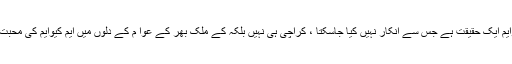
اجلاس سے رکن سندھ اسمبلی علیم الدین نے کہاکہ ایم کیوایم ایک حقیقت ہے جس سے انکار نہیں کیا جاسکتا ، کراچی ہی نہیں بلکہ کے ملک بھر کے عوا م کے دلوں میں ایم کیوایم کی محبت پیدا ہو گئی جو اب کسی طور ختم نہیں کی جاسکتی ہے ۔